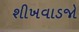
શીખવાડજો